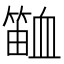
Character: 𬕫